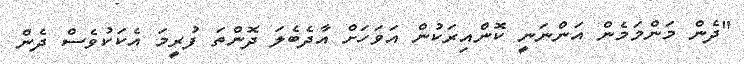
"ދެން މަންމަމެން އަންނަނީ ކޮންއިރަކުން އަވަހަށް އާދެބެލަ ދޮންތަ ފުރީމަ އެކަކުވެސް ދެން